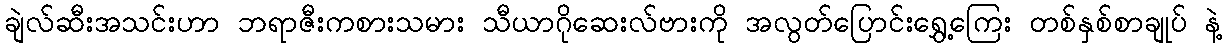
ချဲလ်ဆီးအသင်းဟာ ဘရာဇီးကစားသမား သီယာဂိုဆေးလ်ဗားကို အလွတ်ပြောင်းရွှေ့ကြေး တစ်နှစ်စာချုပ် နဲ့